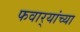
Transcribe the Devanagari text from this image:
फवार्‍यांच्या